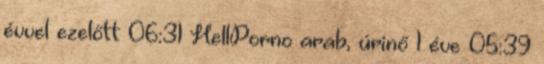
évvel ezelőtt 06:31 HellPorno arab, úrinő 1 éve 05:39